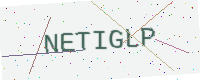
Text: NETIGLP